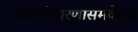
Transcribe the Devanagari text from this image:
जलसंधारणासमवेतच